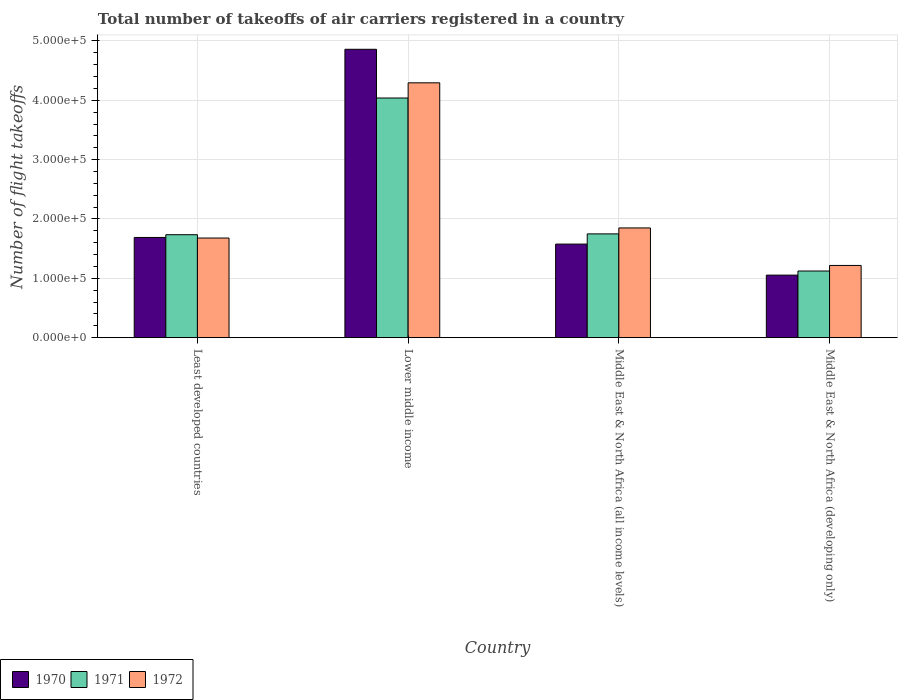
| Country | 1970 | 1971 | 1972 |
 | --- | --- | --- | --- |
 | Least developed countries | 1.69e+05 | 1.74e+05 | 1.68e+05 |
 | Lower middle income | 4.86e+05 | 4.04e+05 | 4.3e+05 |
 | Middle East & North Africa (all income levels) | 1.58e+05 | 1.75e+05 | 1.85e+05 |
 | Middle East & North Africa (developing only) | 1.05e+05 | 1.12e+05 | 1.22e+05 |